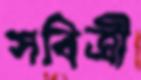
সবিত্রী